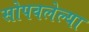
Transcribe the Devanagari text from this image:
सोपवलेल्या